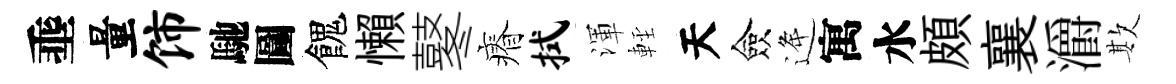
埀量饰馳圖餽懶鼕瘠拭渾䡖天僉逄寓水頗襄灂欺